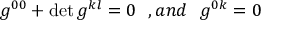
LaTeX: g ^ { 0 0 } + \operatorname * { d e t } g ^ { k l } = 0 \ \ , a n d \ \ g ^ { 0 k } = 0